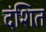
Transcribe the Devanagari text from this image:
दंशित